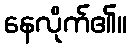
နေလိုက်၏။